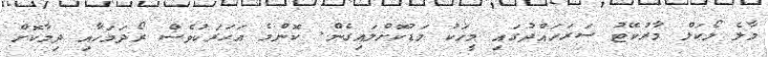
މާލެ ލޯކަލް މާރުކޭޓު ސަރަހައްދުގައި މީހަކު މަޑުކޮށްލައިގެން. ކޮންމެ އަހަރަކުވެސް ރޯދަމަހާއި ދިމާކޮށް